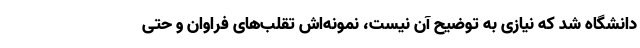
دانشگاه شد که نیازی به توضیح آن نیست، نمونه‌اش تقلب‌های فراوان و حتی